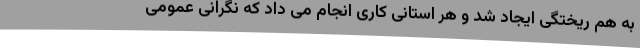
به هم ریختگی ایجاد شد و هر استانی کاری انجام می داد که نگرانی عمومی